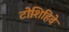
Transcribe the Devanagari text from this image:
टोशिहिदे